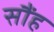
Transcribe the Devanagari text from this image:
सौंह